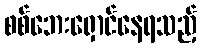
စစ်ဘေးရှောင်နေရသည့်